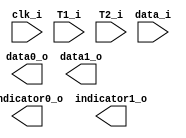
module kovacs_protocols (
    input wire clk_i,
    input wire [15:0] data_i,
    input wire [31:0] T1_i,
    input wire [31:0] T2_i,
    output wire [13:0] data0_o,
    output wire [13:0] data1_o,
    output wire [13:0] indicator0_o,
    output wire [13:0] indicator1_o
    );
              
    reg [13:0] data_d = 0, 
               data_q;
              
    reg [31:0] counter1_d = 0, 
               counter1_q, 
               counter2_d = 0, 
               counter2_q;
               
    reg [1:0] sel_d = 0,
              sel_q;
              
    reg ready_flag_d, ready_flag_q;
    
    assign data_o = data_q;
    
    always @(posedge clk_i) begin
        data_q <= data_d;
        sel_q <= sel_d;
        counter1_q <= counter1_d;
        counter2_q <= counter2_d;
        ready_flag_q <= ready_flag_d;
    end
    
    
    
    always @(*) begin
        out_d = data_d + data_q0;
    end
    
endmodule